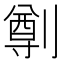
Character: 𠟃